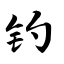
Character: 钓